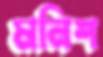
মনিশ